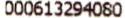
000613294080